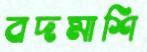
বদমাশি